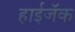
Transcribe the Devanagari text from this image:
हाईजॅक